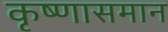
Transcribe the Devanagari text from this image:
कृष्णासमान